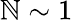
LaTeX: \mathbb{N}\sim1